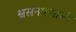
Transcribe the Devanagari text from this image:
श्वसनप्रणाली